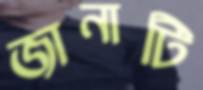
জানাটি